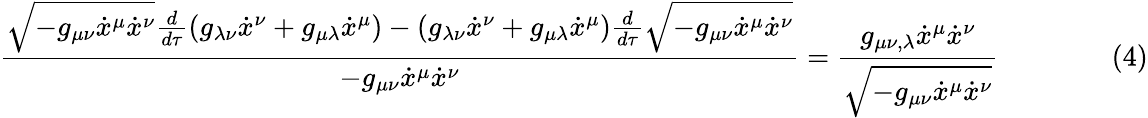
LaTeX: {\frac{{\sqrt{-g_{\mu\nu}{\dot{x}}^{\mu}{\dot{x}}^{\nu}}}{\frac{d}{d\tau}}(g_{\lambda\nu}{\dot{x}}^{\nu}+g_{\mu\lambda}{\dot{x}}^{\mu})-(g_{\lambda\nu}{\dot{x}}^{\nu}+g_{\mu\lambda}{\dot{x}}^{\mu}){\frac{d}{d\tau}}{\sqrt{-g_{\mu\nu}{\dot{x}}^{\mu}{\dot{x}}^{\nu}}}}{-g_{\mu\nu}{\dot{x}}^{\mu}{\dot{x}}^{\nu}}}={\frac{g_{\mu\nu,\lambda}{\dot{x}}^{\mu}{\dot{x}}^{\nu}}{\sqrt{-g_{\mu\nu}{\dot{x}}^{\mu}{\dot{x}}^{\nu}}}}\qquad\qquad(4)